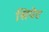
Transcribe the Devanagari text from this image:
सिपेट